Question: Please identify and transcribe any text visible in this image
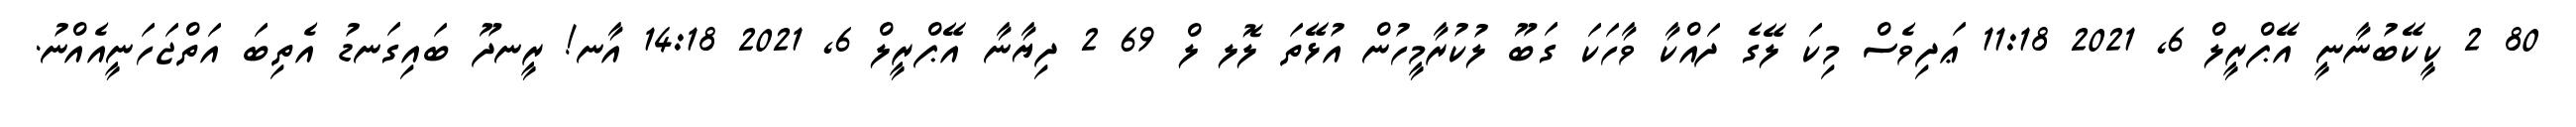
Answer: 80 2 ކީކޭބުނާނީ އޭޕްރީލް 6, 2021 11:18 ޢަދިވެސް މިކަ ލޭގެ ދައްކާ ވާހަކަ ގަބޫ ލުކުރާމީހުން އުޅޭތަ ލޮލ ލް 69 2 ދިޔާނާ އޭޕްރީލް 6, 2021 14:18 އާނ! ރީނދޫ ބައިގަނޑު އެތިބަ އަތްޖަހަނީއެއްނު.